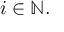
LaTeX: i \in \mathbb { N } .